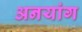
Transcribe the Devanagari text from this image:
अनयांग